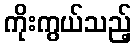
ကိုးကွယ်သည့်